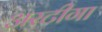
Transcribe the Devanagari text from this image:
अरटीगा